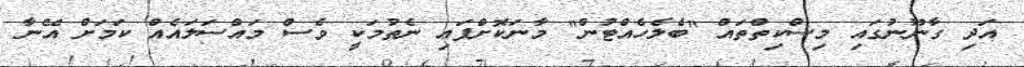
އަދި ގާނޫނުގައި މިސްކިތްތައް "ބެލެހެއްޓުން" މާނަކޮށްފައި ނެތުމަކީ ވެސް މައްސަލައެއް ކަމަށް އޭނާ